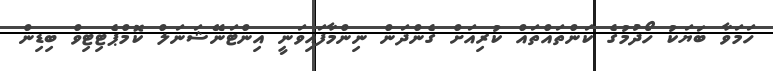
ހަމަވާ ބަޔަކު ހޯދުމުގެ ކަންތައްތައް ކުރިއަށް ގެންދަން ނިންމާފައިވަނީ އިންޓަނޭޝަނަލް ކޮމްޕެޓިޓިވް ބިޑިން